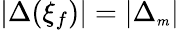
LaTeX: |\Delta(\xi_{f})|=|\Delta_{{\scriptscriptstyle m}}|